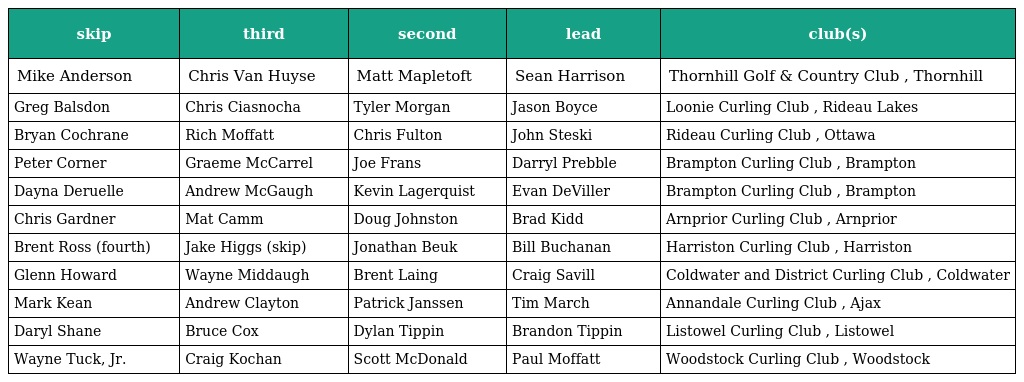
| skip | third | second | lead | club(s) |
 | --- | --- | --- | --- | --- |
 | Mike Anderson | Chris Van Huyse | Matt Mapletoft | Sean Harrison | Thornhill Golf & Country Club , Thornhill |
 | Greg Balsdon | Chris Ciasnocha | Tyler Morgan | Jason Boyce | Loonie Curling Club , Rideau Lakes |
 | Bryan Cochrane | Rich Moffatt | Chris Fulton | John Steski | Rideau Curling Club , Ottawa |
 | Peter Corner | Graeme McCarrel | Joe Frans | Darryl Prebble | Brampton Curling Club , Brampton |
 | Dayna Deruelle | Andrew McGaugh | Kevin Lagerquist | Evan DeViller | Brampton Curling Club , Brampton |
 | Chris Gardner | Mat Camm | Doug Johnston | Brad Kidd | Arnprior Curling Club , Arnprior |
 | Brent Ross (fourth) | Jake Higgs (skip) | Jonathan Beuk | Bill Buchanan | Harriston Curling Club , Harriston |
 | Glenn Howard | Wayne Middaugh | Brent Laing | Craig Savill | Coldwater and District Curling Club , Coldwater |
 | Mark Kean | Andrew Clayton | Patrick Janssen | Tim March | Annandale Curling Club , Ajax |
 | Daryl Shane | Bruce Cox | Dylan Tippin | Brandon Tippin | Listowel Curling Club , Listowel |
 | Wayne Tuck, Jr. | Craig Kochan | Scott McDonald | Paul Moffatt | Woodstock Curling Club , Woodstock |